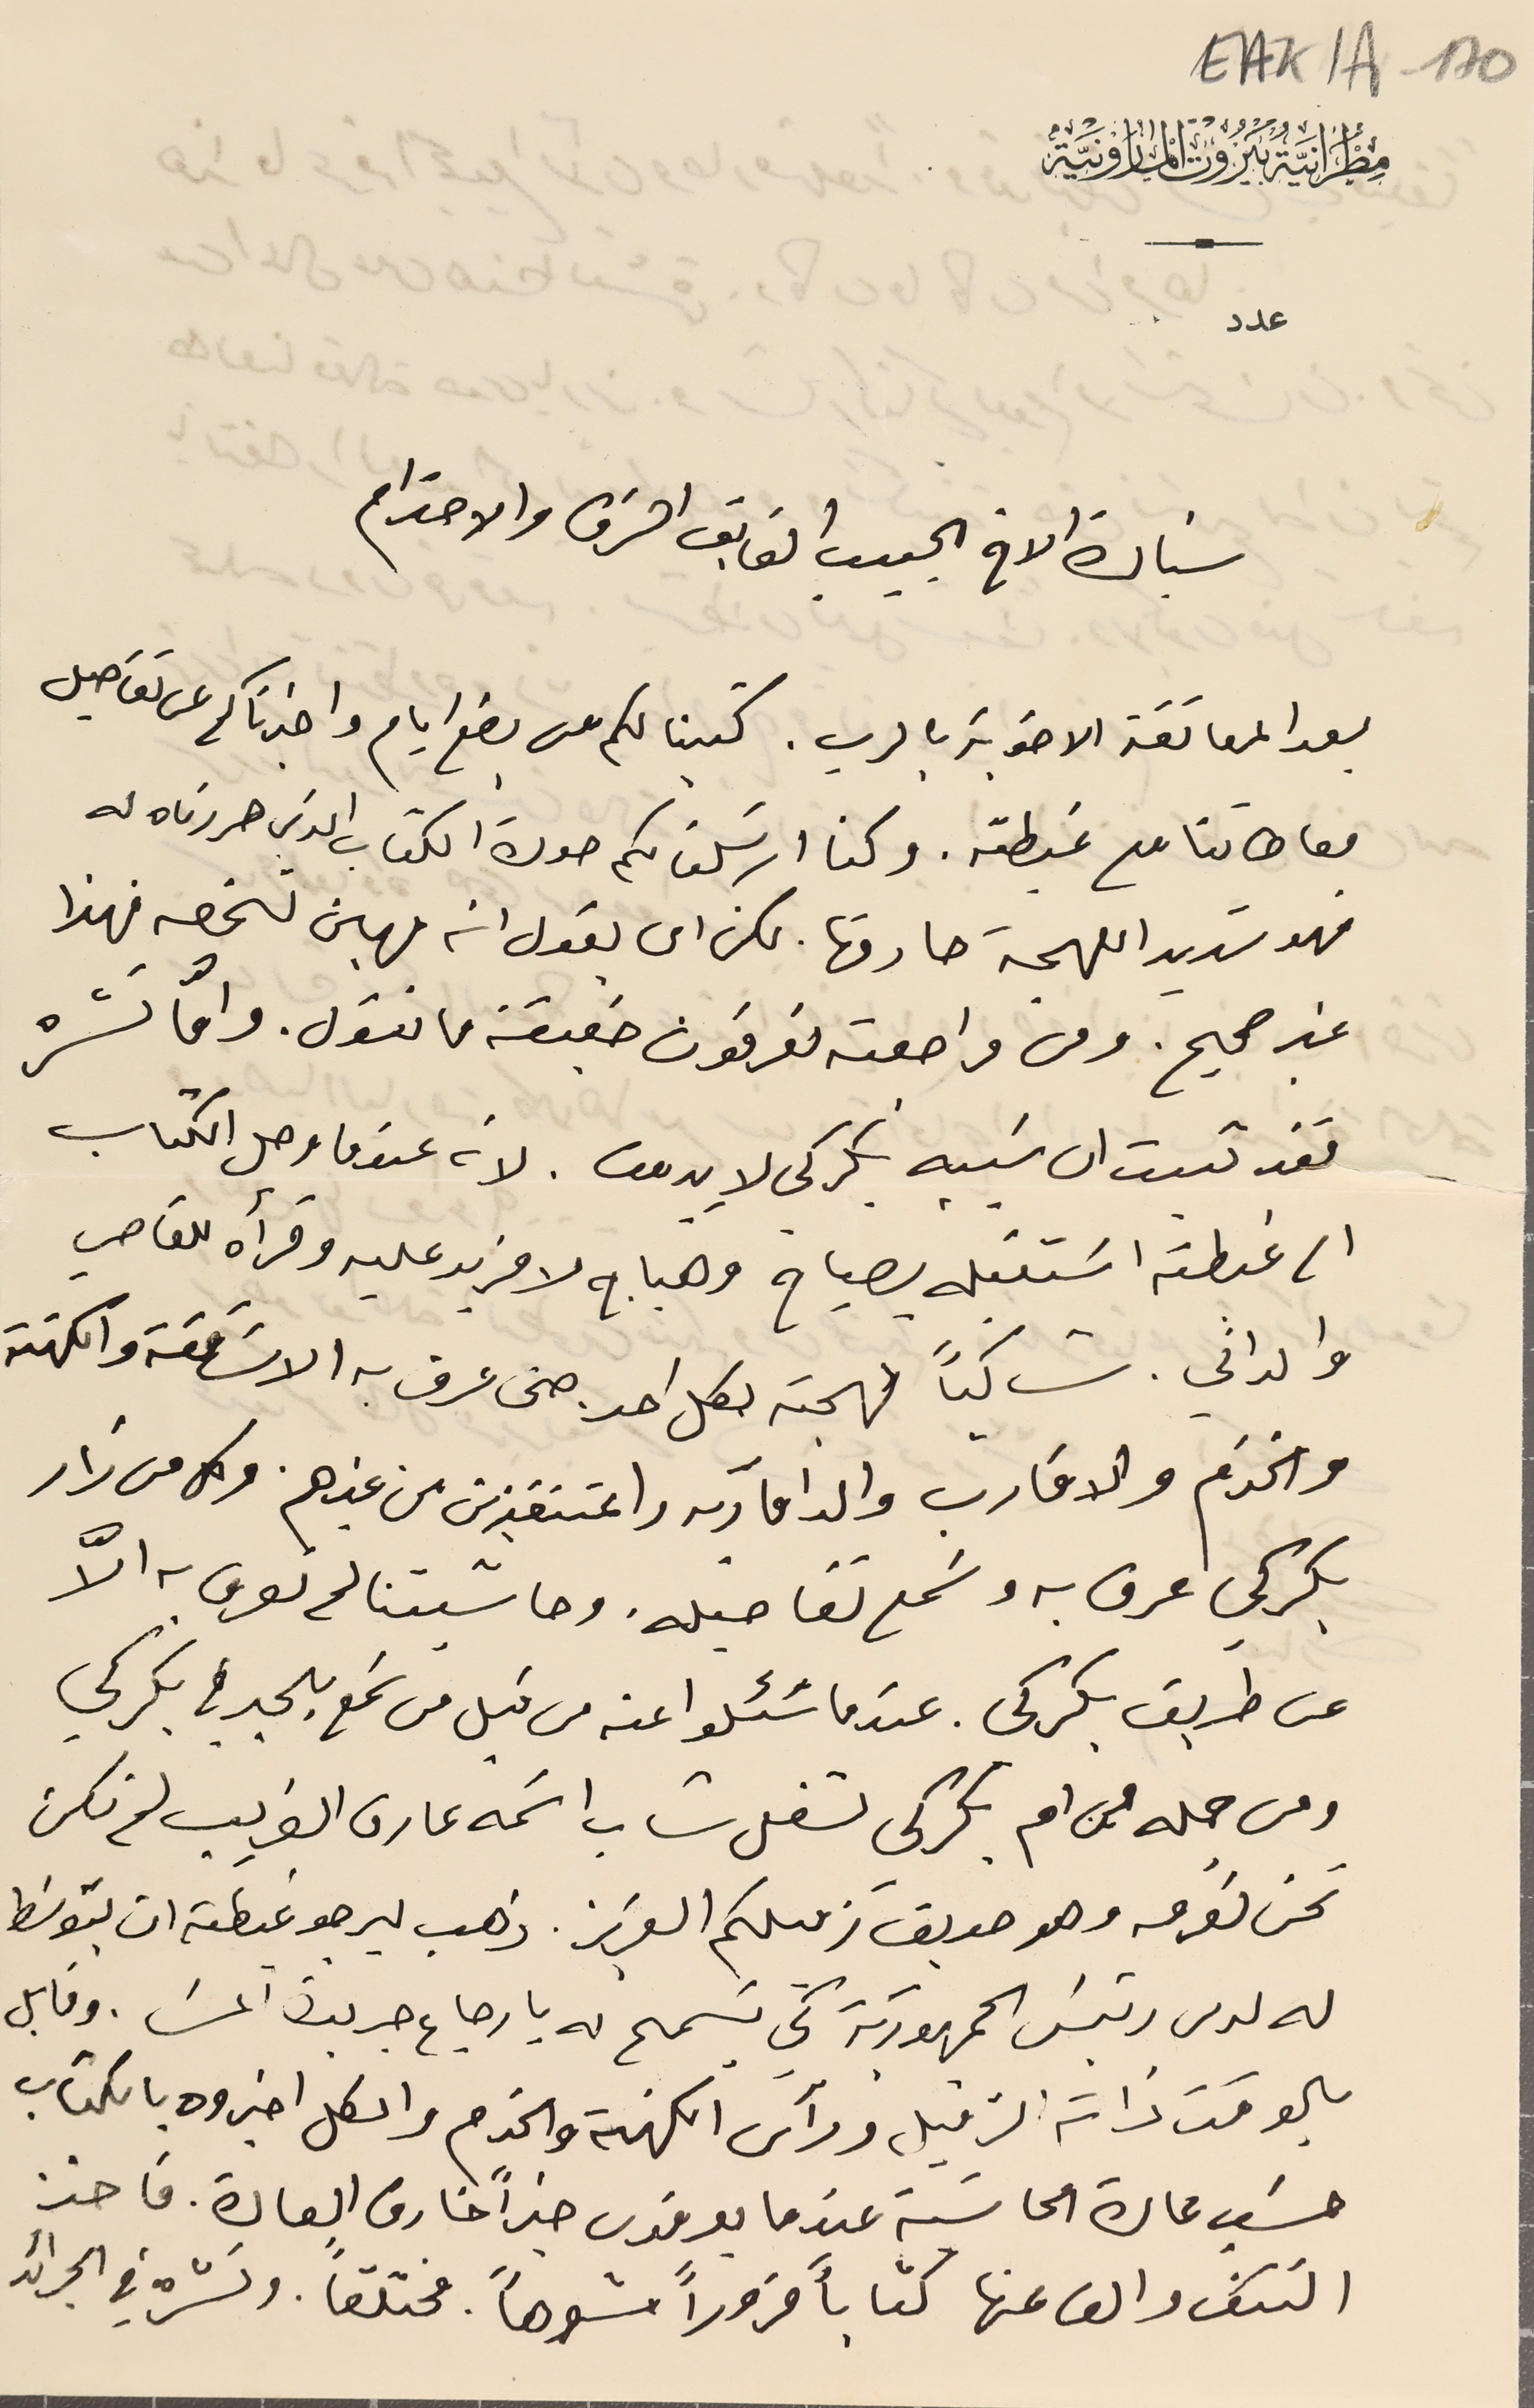
EAK1A - 170
مطرانية بيروت المارونية
عدد
سَيادة الاخ الحبيب الفايق الشرف والاحترام
بعد المعانقة الاخوية بالرب. كتبنا لكم من بضع ايام واخبرناكم عن تفاصيل
معاطاتنا مع غبطته. وكنا ارسَلنا لكم صورة الكتاب الذي حررناه له
فهو شديد اللهجة حارقها. لكن ان يقول انه مهين لشخصه فهذا
غير صحيح. ومن مراجعته تعرفون حقيقة ما نقول. وامّا نشره
فقد ثبت ان سَببه بكركي لا بيروت. لانه عندما وصل الكتاب
الى غبطته اسَتقبله بصياح وهياج لا مزيد عليه وقرأه للقاصي
والداني. شاكياً لهجته لكل احد حتى عرف به الاسَاقفة والكهنة
والخدَم والاقارب والدامآريه والمتنقزين من غيرهم. وكل من زار
 بكركي عرف به وسَمع تفاصيله. وحاشيتنا لم تعرف به الاَّ
عن طريق بكركي. عندما سَئلوا عنه من قبل من سَمع بالحبر في بكركي
ومن جمله من ام بكركى لشغل شاب اسَمه عارف الغريب لم نكن
نحن نعرفه وهو صديقَ زميلكم العزيز. ذهب ليرجو غبطته ان يتوسَط
له لدى رئيسَ الجمهورية كي يسَمح له بارجاع جريدة المسَا. وقابل
بالوقت ذاته الزميل ورآس الكهنة والخدم والكل اخبروه بالكتاب
حسَب عادة الحاشية عندما يعرفون خبراً خارق العادة. فاخذ
النتف والف عنها كتاباً مزوراً مشوهاً مختلفاً . ونشره في الجرائد